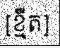
[ខ្មឺត]